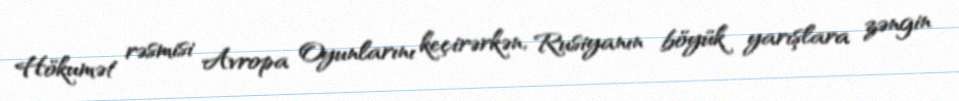
Hökumət rəsmisi Avropa Oyunlarını keçirərkən, Rusiyanın böyük yarışlara zəngin